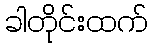
ခါတိုင်းထက်